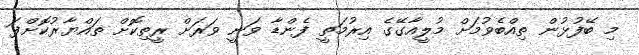
މި ބޭފުޅުން ތިއްބެވުމަށް މުލީއާގޭގެ އިރުމަތީ ފެންޑާ ވަނީ ވަރަށް ރީތިކޮށް ތައްޔާރުކޮށްފަ